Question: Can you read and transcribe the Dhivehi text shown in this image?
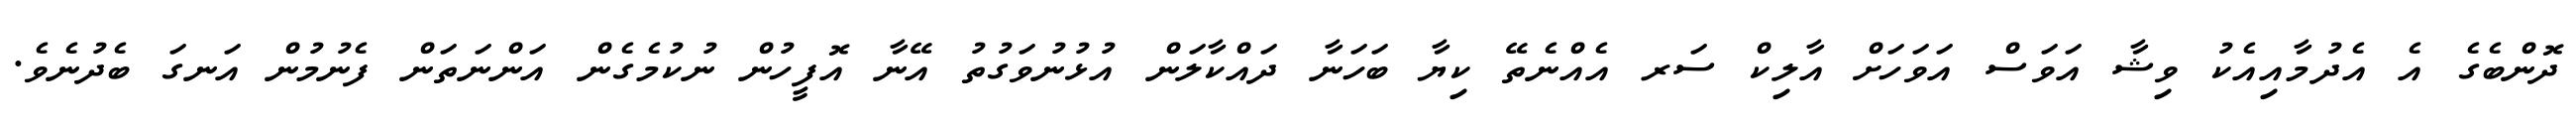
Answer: ދޮންބެގެ އެ އެދުމާއިއެކު ވިޝާ އަވަސް އަވަހަށް އާލިކް ސަރ އެއްނެތޭ ކިޔާ ބަހަނާ ދައްކާލަން އުޅުނުވަގުތު އޭނާ އޮފީހުން ނުކުމެގެން އަންނަތަން ފެނުމުން އަނގަ ބެދުނެވެ.